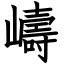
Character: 嶹